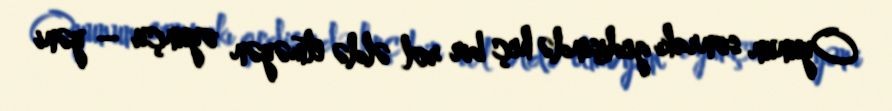
Oyunun sonrakı gedişində heç bir rol əldə etməyən oyunçu – yəni